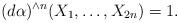
LaTeX: \begin{align*}(d\alpha)^{\wedge n}(X_1,\ldots,X_{2n})=1.\end{align*}